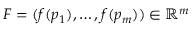
F = ( f ( p _ { 1 } ) , \dots , f ( p _ { m } ) ) \in \mathbb { R } ^ { m }